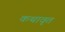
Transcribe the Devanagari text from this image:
कथावृत